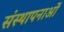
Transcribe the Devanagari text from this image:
संस्‍थापनाओं